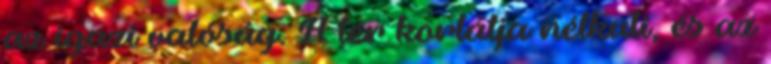
az igazi valóság. A tér korlátja nélküli, és az